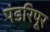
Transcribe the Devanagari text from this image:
पंडरिपूर